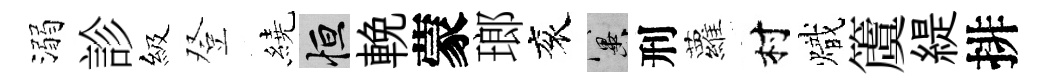
溺診級登繞恒輓蒙瑯衮冀刑蘿村熾𥵂緹排